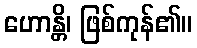
ဟောန္တိ၊ ဖြစ်ကုန်၏။